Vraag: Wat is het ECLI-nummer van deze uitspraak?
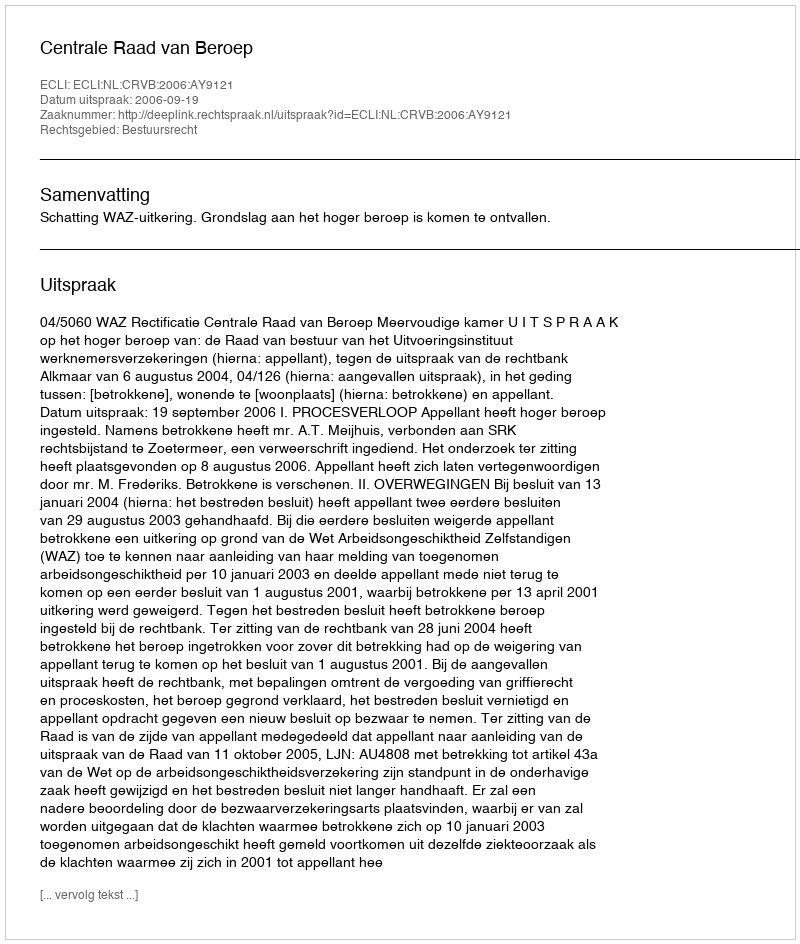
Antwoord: ECLI:NL:CRVB:2006:AY9121